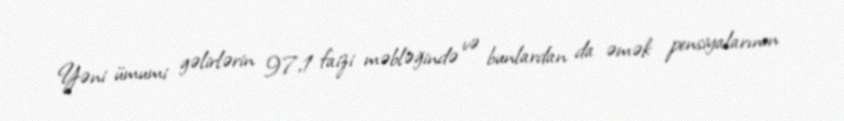
Yəni ümumi gəlirlərin 97,1 faizi məbləğində və bunlardan da əmək pensiyalarının